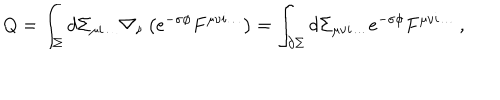
LaTeX: Q = \int _ { \Sigma } d \Sigma _ { \mu i \dots } \nabla _ { \nu } \left( e ^ { - \sigma \phi } F ^ { \mu \nu i \dots } \right) = \int _ { \partial \Sigma } d \Sigma _ { \mu \nu i \dots } e ^ { - \sigma \phi } F ^ { \mu \nu i \dots } \, ,